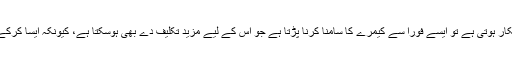
ان کا کہنا تھا بعض اوقات دیکھنے میں آیا ہے کہ اگر کوئی بھی لڑکی ریب کا شکار ہوتی ہے تو ایسے فوراً سے کیمرے کا سامنا کرنا پڑتا ہے جو اُس کے لیے مزید تکلیف دے بھی ہوسکتا ہے، کیونکہ ایسا کرکے ہم خود اُس کی رازداری کو قائم نہیں رکھ پاتے، جو غیر مناسب طرزِ عمل ہے۔